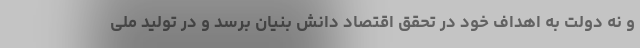
و نه دولت به اهداف خود در تحقق اقتصاد دانش بنیان برسد و در تولید ملی